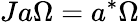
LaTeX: Ja\Omega=a^{*}\Omega